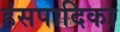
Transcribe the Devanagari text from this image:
हंसपादिका